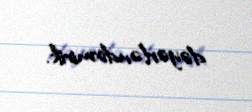
dəyərləndirmirik.